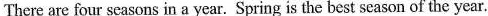
There are four seasons in a year.Spring is the best season of the year.